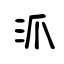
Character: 沠